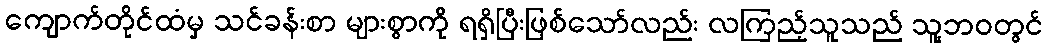
ကျောက်တိုင်ထံမှ သင်ခန်းစာ များစွာကို ရရှိပြီးဖြစ်သော်လည်း လကြည့်သူသည် သူ့ဘဝတွင်